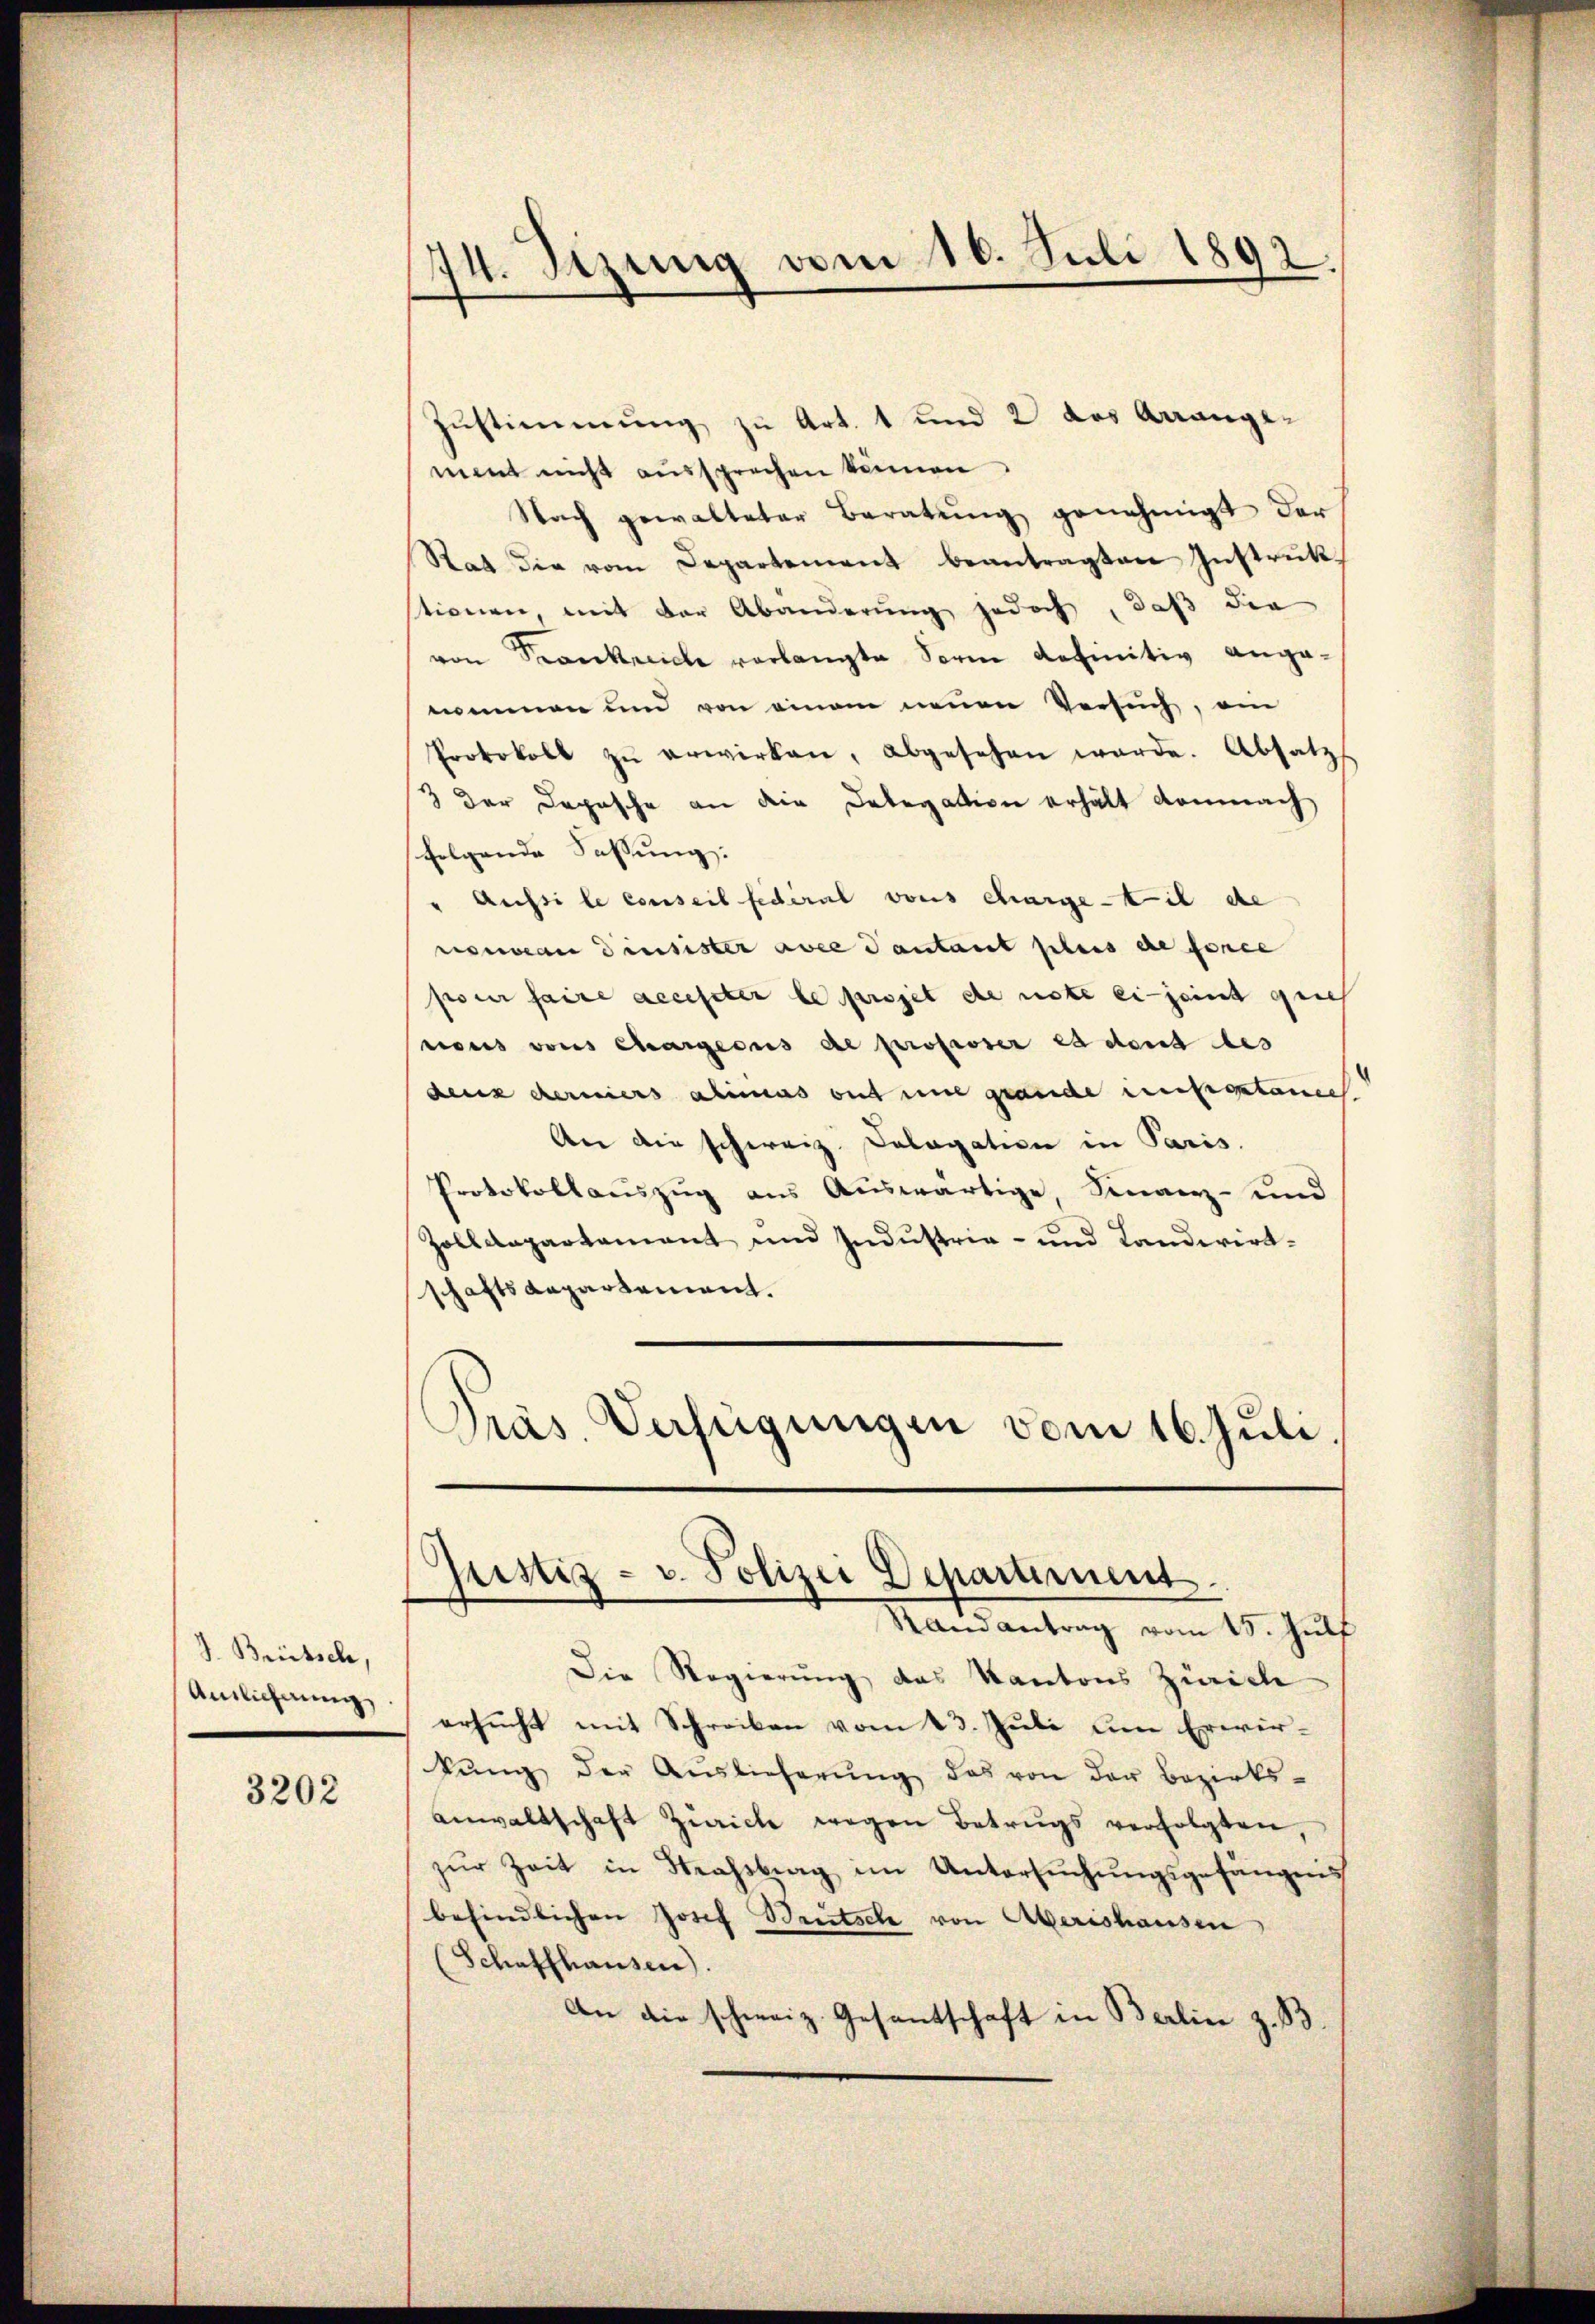
J. Brütsch,
Anslichung.

3202

74. Sizung vom 16. Juli 1892.

Zustimmung zu Art. 1 und 2 das Arrangenent nicht aussprechen können
Nach gewalteter Beratung genehmigt der
Rat die vom Departement beantragten Instrukstionen, mit der Abänderung jedoch, daß die
von Krankreiche verlangte Sorm definitiv anganommen und von einem neuen Versuch, ein
Protokoll zŭ erwirken, abgesehen werde. Absatz
3 der Depesche an die Delegation erhält demnach
folgende Fassung:
" Aussi le conseil fédéral vous charget il de
nouveau densister aver Santant plus de force
pour faire accester le projet de note einjeint geneh
nous vons Chargecus de professer es dent des
denz derniers alimes ont eine grande mitgetanech
An die schweiz. Cologation in Paris.
Protokollauszug aus Auswärtige, Finanz- und
Zolldepartamant und Industria- und Landwirt-
schaftsdepartement.
Präs. Verfügungen vom 16. Juli.

sistiz- u. Polizei Departement
Randantrag vom 15. Julf

Die Regierung des Kantons Zürich
ersucht mit Schreiben vom 23. Juli um Erwerkŭng der Auslieferŭng des von der Bezirks-
anwaltschaft Zürich wegen Betrugs verfolgten,
zŭr Zeit in Strassbrag im Untersŭchŭngsgefängnis
befindlichen Josef Brutsche von Aberishausen
(Schaffhausen).
An die schweiz. Gesantschaft in Berlin z. B.